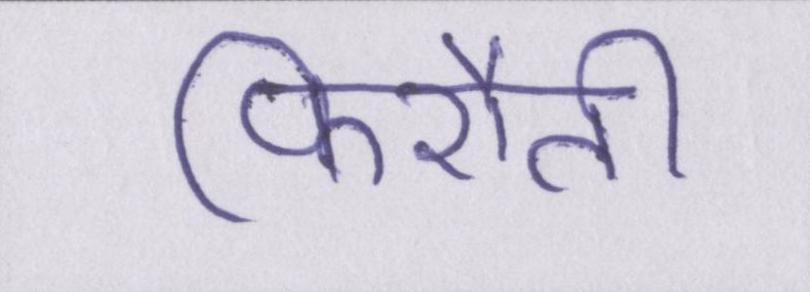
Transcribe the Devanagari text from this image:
फिरौती